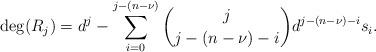
LaTeX: \begin{align*} \deg(R_j)=d^j-\sum_{i=0}^{j-(n-\nu)} {j \choose j-(n-\nu)-i} d^{j-(n-\nu)-i}s_i. \end{align*}